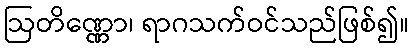
ဩတိဏ္ဏော၊ ရာဂသက်ဝင်သည်ဖြစ်၍။